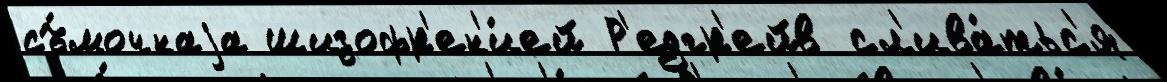
съ́мочнаjа шизофр'ен'и́ей Р'едгр'ейв сл'ива́тьс'я